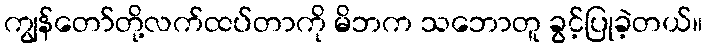
ကျွန်တော်တို့လက်ထပ်တာကို မိဘက သဘောတူ ခွင့်ပြုခဲ့တယ်။